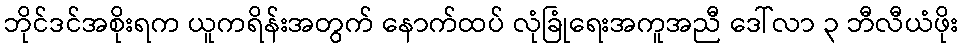
ဘိုင်ဒင်အစိုးရက ယူကရိန်းအတွက် နောက်ထပ် လုံခြုံရေးအကူအညီ ဒေါ်လာ ၃ ဘီလီယံဖိုး